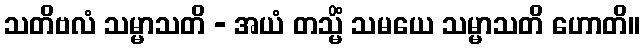
သတိဗလံ သမ္မာသတိ - အယံ တသ္မိံ သမယေ သမ္မာသတိ ဟောတိ။